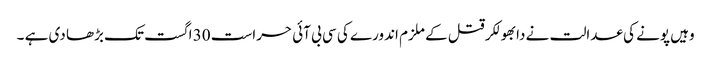
وہیں پونے کی عدالت نے دابھولکر قتل کے ملزم اندورے کی سی بی آئی حراست 30 اگست تک بڑھا دی ہے ۔